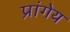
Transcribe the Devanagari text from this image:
प्रांगेय